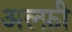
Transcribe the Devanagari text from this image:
अल्फ़ी